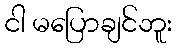
ငါ မပြောချင်ဘူး